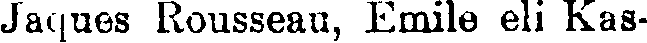
Jaques Rousseau, Emile eli Kas-